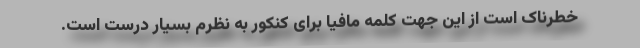
خطرناک است از این جهت کلمه مافیا برای کنکور به نظرم بسیار درست است.